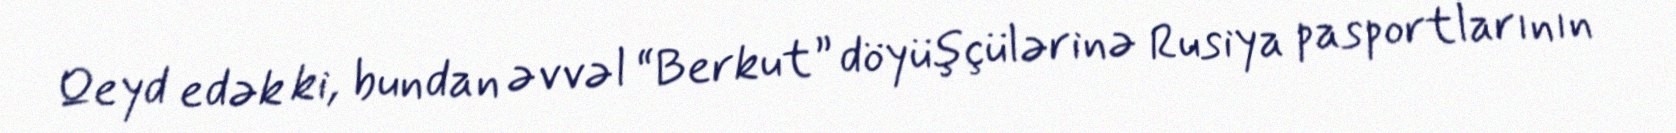
Qeyd edək ki, bundan əvvəl “Berkut” döyüşçülərinə Rusiya pasportlarının